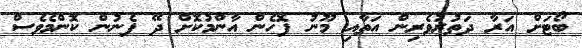
ބޯޓަށް އަރާ ދަތުރުވެރިން އަތާއި މޫނު ފޮހެން އާންމުކޮށް ދޭ ފެނުން ކޮންމެވެސް